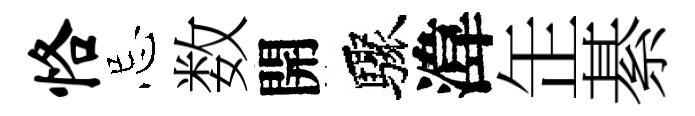
恪忌数開驟湋𦈢綦